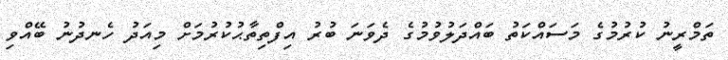
ތަމްރީނު ކުރުމުގެ މަސައްކަތު ބައްދަލުވުމުގެ ދެވަނަ ބުރު އިފްތިތާޙުކުރުމަށް މިއަދު ހެނދުނު ބޭއްވި